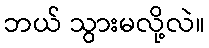
ဘယ် သွားမလို့လဲ။